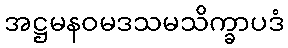
အဋ္ဌမနဝမဒသမသိက္ခာပဒံ